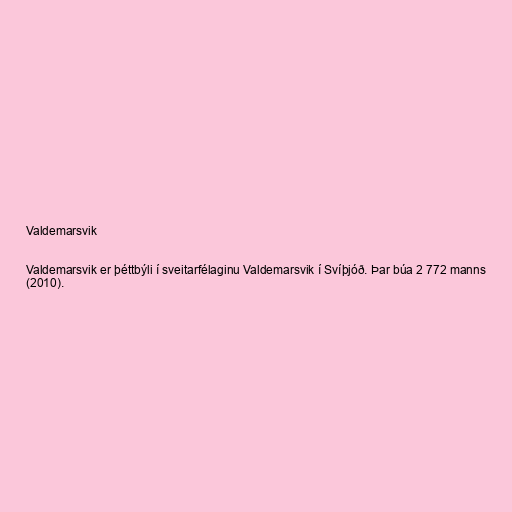
Valdemarsvik

Valdemarsvik er þéttbýli í sveitarfélaginu Valdemarsvik í Svíþjóð. Þar búa 2 772 manns
(2010).